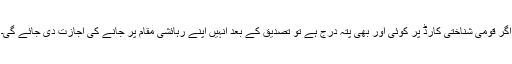
اگر قومی شناختی کارڈ پر کوئی اور بھی پتہ درج ہے تو تصدیق کے بعد انہیں اپنے رہائشی مقام پر جانے کی اجازت دی جائے گی۔